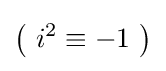
\left(\ i^{2}\equiv -1\ \right)